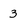
Character: 3